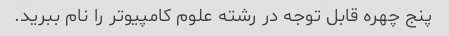
پنج چهره قابل توجه در رشته علوم کامپیوتر را نام ببرید.